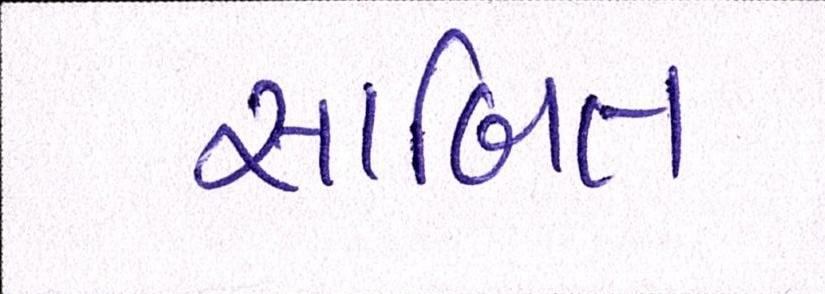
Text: સાબિત